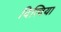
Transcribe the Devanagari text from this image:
दित्विया